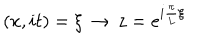
( x , i t ) = \xi \, \rightarrow \, z = e ^ { i \frac { \pi } { L } \xi }